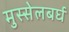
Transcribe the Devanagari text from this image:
मुस्सेलबर्घ